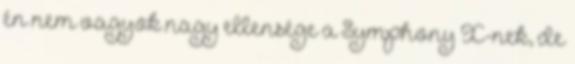
én nem vagyok nagy ellensége a Symphony X-nek, de